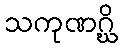
သကုဏဂ္ဃိ